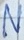
Text: N